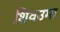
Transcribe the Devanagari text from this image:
शिवउमा